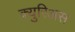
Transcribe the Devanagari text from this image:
क्युरिअस